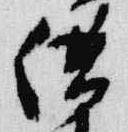
供